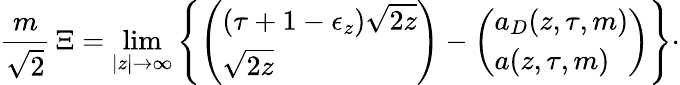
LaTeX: {\frac{m}{\sqrt{2}}}\, \Xi=\operatorname*{lim}_{|z|\rightarrow\infty}\left\lbrace\left(\begin{array}{l}{{(\tau+1-\epsilon_{z})\sqrt{2z}}}\\ {{\sqrt{2z}}}\end{array}\right)-\left(\begin{array}{l}{{a_{D}(z,\tau,m)}}\\ {{a(z,\tau,m)}}\end{array}\right)\right\rbrace\cdotp